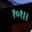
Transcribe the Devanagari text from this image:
१०१।।